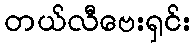
တယ်လီဗေးရှင်း